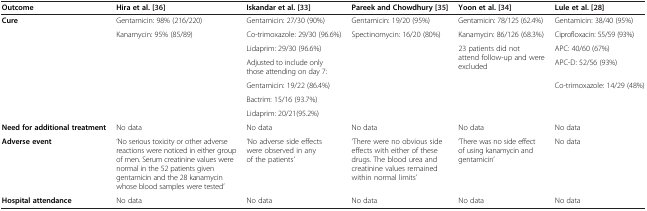
| Outcome | Hira et al. [36] | Iskandar et al. [33] | Pareek and Chowdhury [35] | Yoon et al. [34] | Lule et al. [28] |
 | --- | --- | --- | --- | --- | --- |
 | <ROWSPAN=7> Cure | Gentamicin: 98% (216/220) | Gentamicin: 27/30 (90%) | Gentamicin: 19/20 (95%) | Gentamicin: 78/125 (62.4%) | Gentamicin: 38/40 (95%) |
 | <ROWSPAN=6> Kanamycin: 95% (85/89) | Co-trimoxazole: 29/30 (96.6%) | <ROWSPAN=6> Spectinomycin: 16/20 (80%) | Kanamycin: 86/126 (68.3%) | Ciprofloxacin: 55/59 (93%) |
 | Lidaprim: 29/30 (96.6%) | <ROWSPAN=5> 23 patients did not attend follow-up and were excluded | APC: 40/60 (67%) |
 | Adjusted to include only those attending on day 7: | APC-D: 52/56 (93%) |
 | Gentamicin: 19/22 (86.4%) | <ROWSPAN=3> Co-trimoxazole: 14/29 (48%) |
 | Bactrim: 15/16 (93.7%) |
 | Lidaprim: 20/21(95.2%) |
 | Need for additional treatment | No data | No data | No data | No data | No data |
 | Adverse event | ‘No serious toxicity or other adverse reactions were noticed in either group of men. Serum creatinine values were normal in the 52 patients given gentamicin and the 28 kanamycin whose blood samples were tested’ | ‘No adverse side effects were observed in any of the patients’ | ‘There were no obvious side effects with either of these drugs. The blood urea and creatinine values remained within normal limits’ | ‘There was no side effect of using kanamycin and gentamicin’ | No data |
 | Hospital attendance | No data | No data | No data | No data | No data |